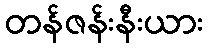
တန်ဇန်းနီးယား